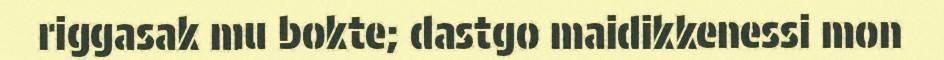
riggasak mu bokte; dastgo maidikkenessi mon